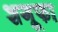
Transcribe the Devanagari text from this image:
शगूफा